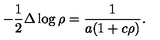
- \frac 1 2 \Delta \log \rho = \frac 1 { a ( 1 + c \rho ) } .